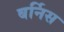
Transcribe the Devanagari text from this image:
बर्निस